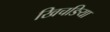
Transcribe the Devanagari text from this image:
खिचङिया